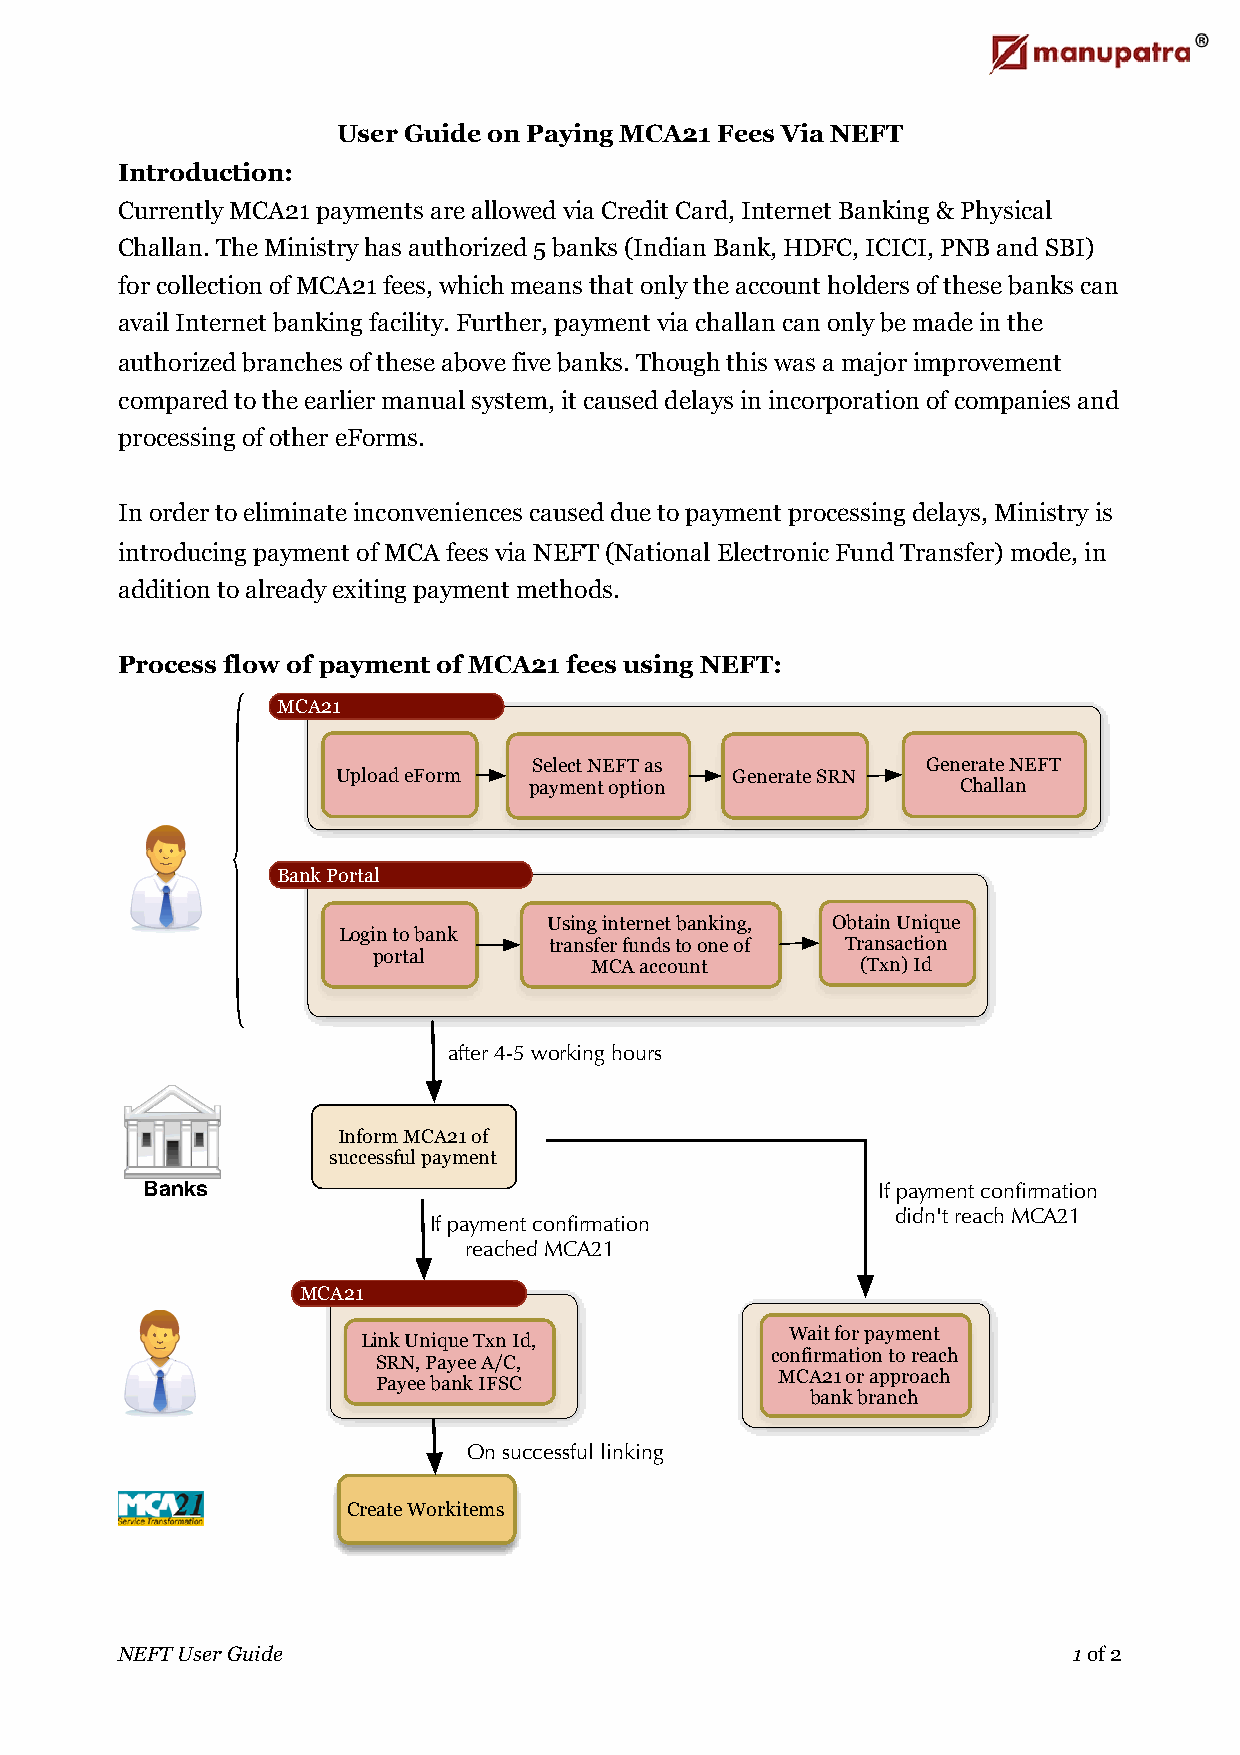
User Guide on Paying MCA21 Fees Via NEFT
 Introduction:
 Currently MCA21 payments are allowed via Credit Card, Internet Banking & Physical
 Challan. The Ministry has authorized 5 banks (Indian Bank, HDFC, ICICI, PNB and SBI)
 for collection of MCA21 fees, which means that only the account holders of these banks can
 avail Internet banking facility. Further, payment via challan can only be made in the
 authorized branches of these above five banks. Though this was a major improvement
 compared to the earlier manual system, it caused delays in incorporation of companies and
 processing of other eForms.
 In order to eliminate inconveniences caused due to payment processing delays, Ministry is
 introducing payment of MCA fees via NEFT (National Electronic Fund Transfer) mode, in
 addition to already exiting payment methods.
 Process flow of payment of MCA21 fees using NEFT:
 MCA21
 Select NEFT as            Generate NEFT
 Upload eForm              Generate SRN
 payment option               Challan
 Bank Portal
 Using internet banking, Obtain Unique
 Login to bank
 transfer funds to one of Transaction
 portal
 MCA account       (Txn) Id
 after 4-5 working hours
 Inform MCA21 of
 successful payment
 Banks                                            If payment confirmation
 didn't reach MCA21
 If payment confirmation
 reached MCA21
 MCA21
 Wait for payment
 Link Unique Txn Id,
 confirmation to reach
 SRN, Payee A/C,
 MCA21 or approach
 Payee bank IFSC
 bank branch
 On successful linking
 Create Workitems
 NEFT User Guide                                                1 of 2